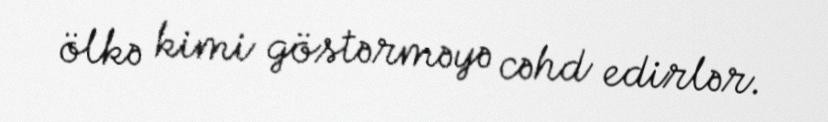
ölkə kimi göstərməyə cəhd edirlər.